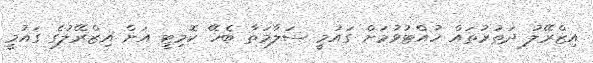
އިޒްރޭލު ދަތުރުތައް ހުއްޓުވުމަށް ގައުމީ ސަލާމަތާ ބެހޭ ކޮމިޓީ އަށް އިޒްރޭލުގެ ގައުމީ